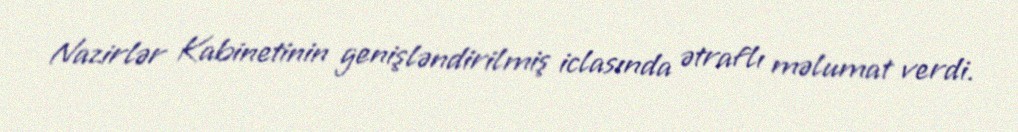
Nazirlər Kabinetinin genişləndirilmiş iclasında ətraflı məlumat verdi.